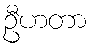
ဦဟတာ